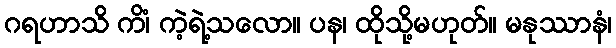
ဂရဟာသိ ကိံ၊ ကဲ့ရဲ့သလော။ ပန၊ ထိုသို့မဟုတ်။ မနုဿာနံ၊